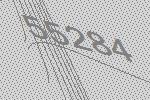
55284